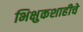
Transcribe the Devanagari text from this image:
भिक्षुकशाहीचे